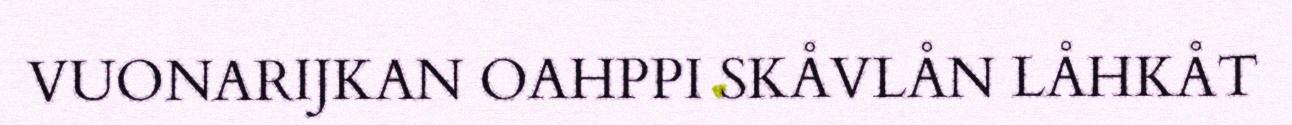
VUONARIJKAN OAHPPI SKÅVLÅN LÅHKÅT